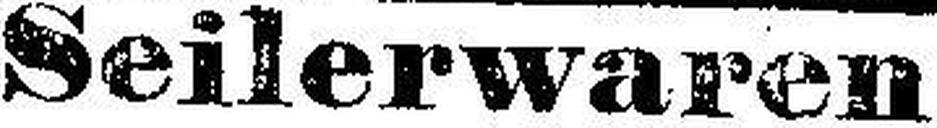
Seilerwaren